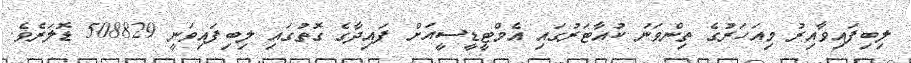
ލިބިފައިވާއިރު މިއަަހަރުގެ ތިންވަނަ ކުއާޓަރުގައި އެމްޓީޑީސީއަށް ފައިދާގެ ގޮތުގައި ލިބިފައިވަނީ 508829 ޑޮލަރެވެ.